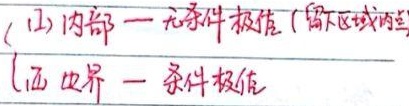
(1) 内部—无条件极值（留区域内部点）
(2) 边界—条件极值